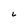
Character: 6